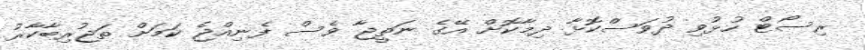
ރިސޯޓް ހުޅުވި ދުވަސްކޮޅާ ދިމާކޮށް އޭގެ ނަތީޖާ ވެސް ފެނިއްޖެ ކަމަށް ތަޖުރިބާކާރު